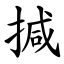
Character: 㨔